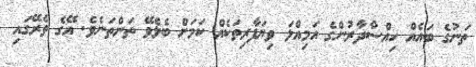
ތަނުގެ ބައެއް ހިއްސާދާރުންގެ އަމިއްލަ ވިޔަފާރިތަކެއް ކަމަށް ބެލެވޭ ތަންތަނެވެ. އޭގެ ތެރޭގައި